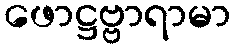
ဖောဋ္ဌဗ္ဗာရာမာ